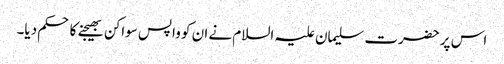
اس پر حضرت سلیمان علیہ السلام نے ان کو واپس سواکن بھیجنے کا حکم دیا۔